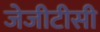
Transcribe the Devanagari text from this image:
जेजीटीसी